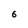
Character: 6